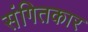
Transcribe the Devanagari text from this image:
संगितकार